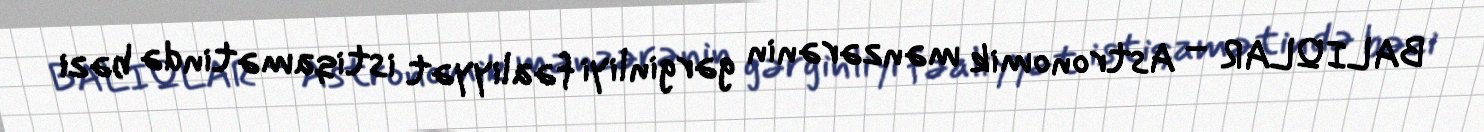
BALIQLAR – Astronomik mənzərənin gərginliyi fəaliyyət istiqamətində bəzi